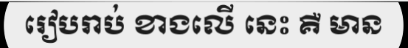
រៀបរាប់ ខាងលើ នេះ គឺ មាន